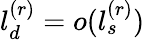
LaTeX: l_{d}^{(r)}=o(l_{s}^{(r)})